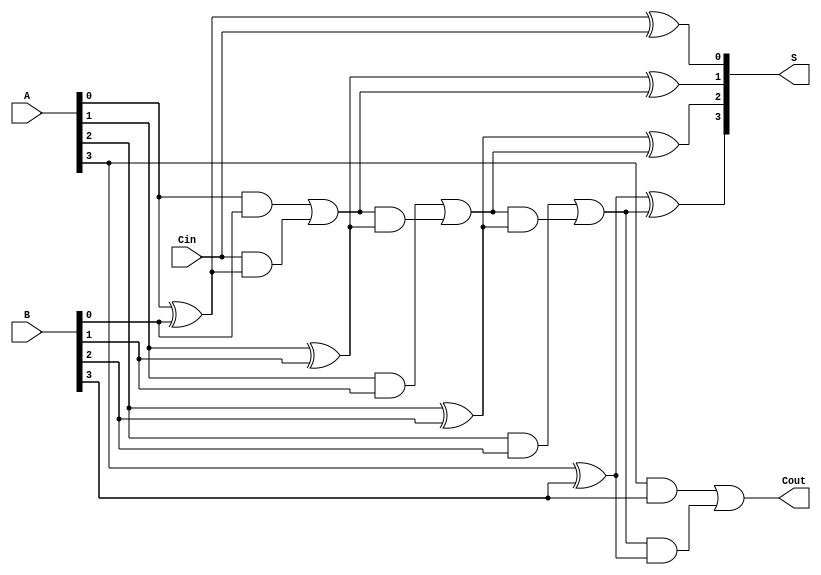
module ParallelFullAdder (
    input  [3:0] A,       // 4-bit input A
    input  [3:0] B,       // 4-bit input B
    input        Cin,      // Carry-in
    output [3:0] S,       // 4-bit sum output
    output       Cout      // Carry-out
);

    wire [3:0] C; // Intermediate carry wires

    // Full Adder for bit 0
    assign S[0] = A[0] ^ B[0] ^ Cin;
    assign C[0] = (A[0] & B[0]) | (Cin & (A[0] ^ B[0]));

    // Full Adder for bit 1
    assign S[1] = A[1] ^ B[1] ^ C[0];
    assign C[1] = (A[1] & B[1]) | (C[0] & (A[1] ^ B[1]));

    // Full Adder for bit 2
    assign S[2] = A[2] ^ B[2] ^ C[1];
    assign C[2] = (A[2] & B[2]) | (C[1] & (A[2] ^ B[2]));

    // Full Adder for bit 3
    assign S[3] = A[3] ^ B[3] ^ C[2];
    assign C[3] = (A[3] & B[3]) | (C[2] & (A[3] ^ B[3]));

    // Final carry-out
    assign Cout = C[3];

endmodule